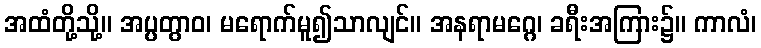
အထံတို့သို့။ အပ္ပတွာဝ၊ မရောက်မူ၍သာလျင်။ အနရာမဂ္ဂေ၊ ခရီးအကြား၌။ ကာလံ၊